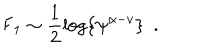
{ { \sf F } _ { 1 } } \sim \frac { 1 } { 2 } \log \left\{ { \psi ^ { \alpha - v } } \right\} \, \, \, .